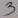
Text: 3